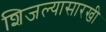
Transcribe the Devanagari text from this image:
शिजल्यासारखी